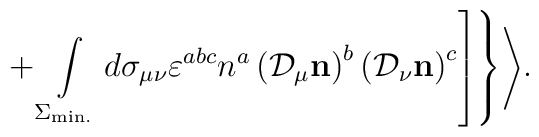
\left.\left.+\int\limits_{\Sigma_{\rm min.}}^{}d\sigma_{\mu\nu}\varepsilon^{abc}n^a\left({\cal D}_\mu{\bf n}\right)^b\left({\cal D}_\nu{\bf n}\right)^c\right]\right\}\Biggr>.